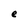
Character: e